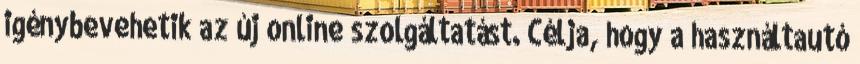
igénybevehetik az új online szolgáltatást. Célja, hogy a használtautó